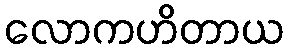
လောကဟိတာယ